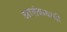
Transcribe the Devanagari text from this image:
आतंंकवादी